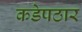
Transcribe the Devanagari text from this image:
कडेपठार